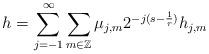
LaTeX: \begin{align*}h = \sum_{j=-1}^\infty \sum_{m\in \mathbb Z} \mu_{j,m} 2^{-j (s-\frac1r)} h_{j,m} \end{align*}